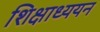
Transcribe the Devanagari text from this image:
शिक्षाध्ययन